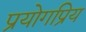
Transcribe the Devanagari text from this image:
प्रयोगप्रिय